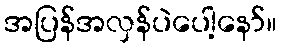
အပြန်အလှန်ပဲပေါ့နော်။